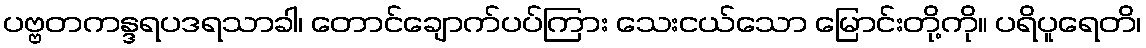
ပဗ္ဗတကန္ဒရပဒရသာခါ၊ တောင်ချောက်ပပ်ကြား သေးငယ်သော မြောင်းတို့ကို။ ပရိပူရေတိ၊